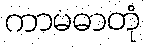
ကာမဓာတုံ